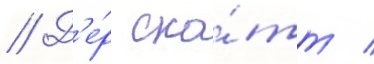
// Д'е́р ска́тт /